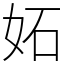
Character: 妬